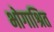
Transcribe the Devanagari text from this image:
भोगाश्रित